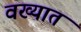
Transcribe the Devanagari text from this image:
वख्यात